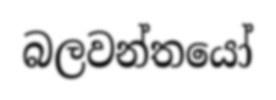
බලවන්තයෝ